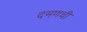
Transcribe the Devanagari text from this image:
दमणची